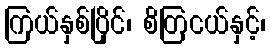
ကြယ်နှစ်ပြိုင်၊ စိတြငယ်နှင့်၊